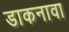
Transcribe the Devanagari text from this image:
डाकनावा